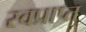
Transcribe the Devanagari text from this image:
स्वप्राप्त